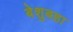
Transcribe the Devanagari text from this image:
बेशुबहा